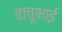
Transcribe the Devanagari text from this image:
बाचूभाई